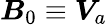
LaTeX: \boldsymbol{B}_{0}\equiv\boldsymbol{V}_{a}